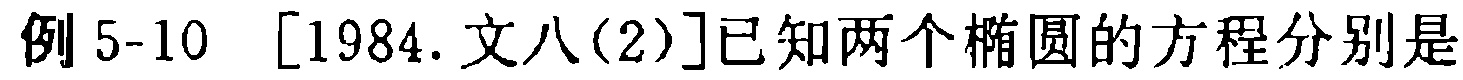
例 5-10 [1984.文八(2)]已知两个椭圆的方程分别是